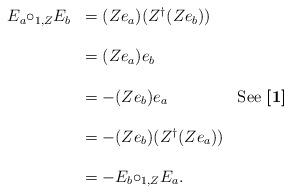
LaTeX: \begin{align*}\begin{array}{cll}E_{a}{\circ_{1,Z}}E_{b} & =(Ze_{a})(Z^{\dagger}(Ze_{b})) & \\ \\ & = (Ze_{a})e_{b} & \\ \\& = -(Ze_{b})e_{a} & \mbox{See {\bf [1]}} \\ \\ & =-(Ze_{b})(Z^{\dagger}(Ze_{a})) & \\ \\ & =-E_{b}{\circ_{1,Z}}E_{a}. & \\\end{array}\end{align*}